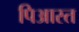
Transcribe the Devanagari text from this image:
पिआस्त